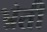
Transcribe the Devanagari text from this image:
भ्रंती